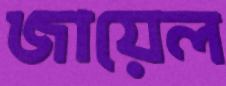
জায়েল